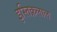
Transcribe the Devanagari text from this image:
इस्तिक़लाल